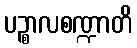
ပဉ္စာလစဏ္ဍာတိ